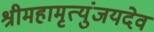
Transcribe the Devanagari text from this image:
श्रीमहामृत्युंजयदेव